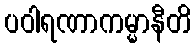
ပဝါရဏာကမ္မာနီတိ